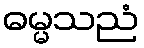
ဓမ္မသညံ